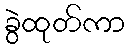
ခွဲထုတ်ကာ